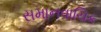
સમાનવાચિક